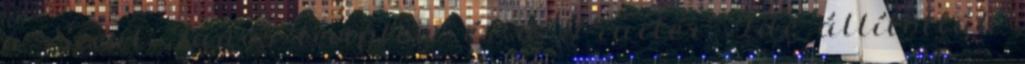
a Szent János templom és a Piactér. Ide állították